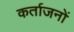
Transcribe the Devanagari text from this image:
कर्ताजनों